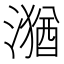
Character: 𱨴